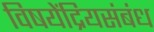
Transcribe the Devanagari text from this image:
विषयेंद्रियसंबंध